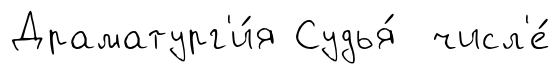
Драматург'и́я Судья́ числ'е́